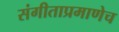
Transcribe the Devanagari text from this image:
संगीताप्रमाणेच